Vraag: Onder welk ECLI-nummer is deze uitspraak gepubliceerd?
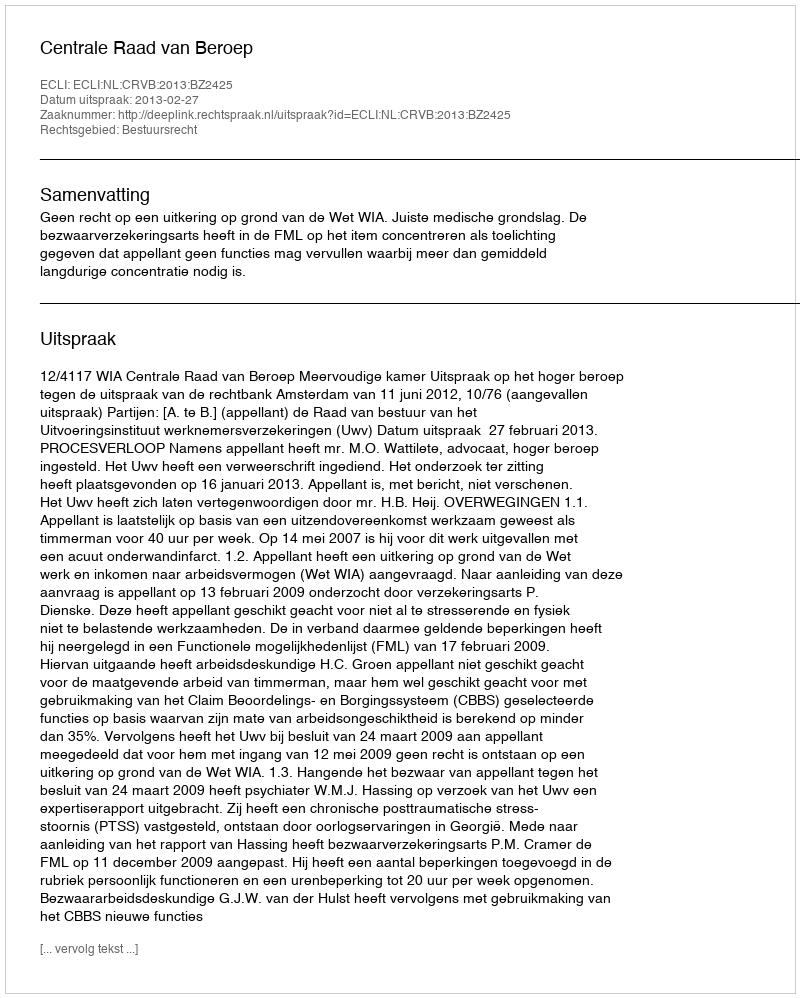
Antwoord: ECLI:NL:CRVB:2013:BZ2425